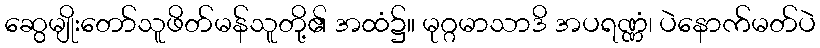
ဆွေမျိုးတော်သူဖိတ်မန်သူတို့၏ အထံ၌။ မုဂ္ဂမာသာဒိ အပရဏ္ဏံ၊ ပဲနောက်မတ်ပဲ